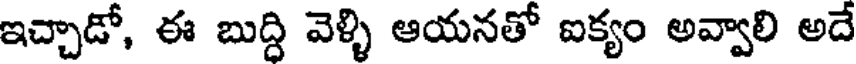
ఇచ్చాడో, ఈ బుద్ది వెళ్ళి ఆయనతో ఐక్యం అవ్వాలి అదే